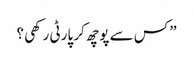
” کس سے پوچھ کر پارٹی رکھی ؟